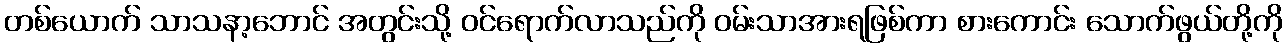
တစ်ယောက် သာသနာ့ဘောင် အတွင်းသို့ ဝင်ရောက်လာသည်ကို ဝမ်းသာအားရဖြစ်ကာ စားကောင်း သောက်ဖွယ်တို့ကို